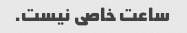
ساعت خاصی نیست.